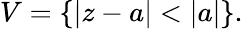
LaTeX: V=\{ |z-a|<|a|\} .